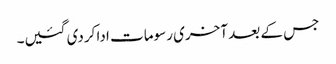
جس کے بعد آخری رسومات ادا کردی گئیں۔